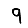
Digit: 9